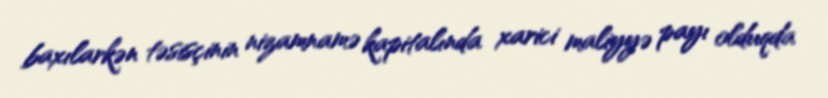
baxılarkən təsisçinin nizamnamə kapitalında xarici maliyyə payı olduqda